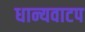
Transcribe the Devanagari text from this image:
धान्यवाटप